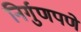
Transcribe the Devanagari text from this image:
निर्गुणपणे